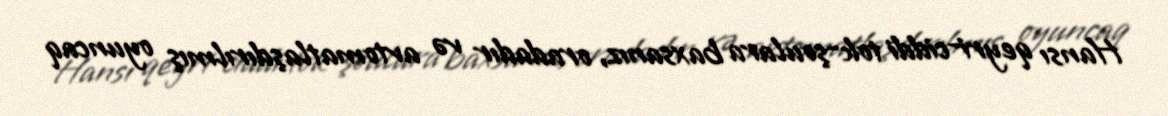
Hansı qeyri-ciddi tok-şoulara baxsanız, oradadır və avtomatlaşdırılmış oyuncaq